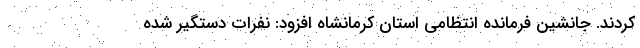
کردند. جانشین فرمانده انتظامی استان کرمانشاه افزود: نفرات دستگیر شده